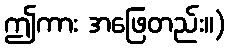
ဤကား အဖြေတည်း။)